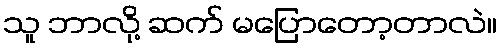
သူ ဘာလို့ ဆက် မပြောတော့တာလဲ။